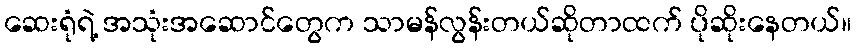
ဆေးရုံရဲ့ အသုံးအဆောင်တွေက သာမန်လွန်းတယ်ဆိုတာထက် ပိုဆိုးနေတယ်။